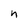
Character: n